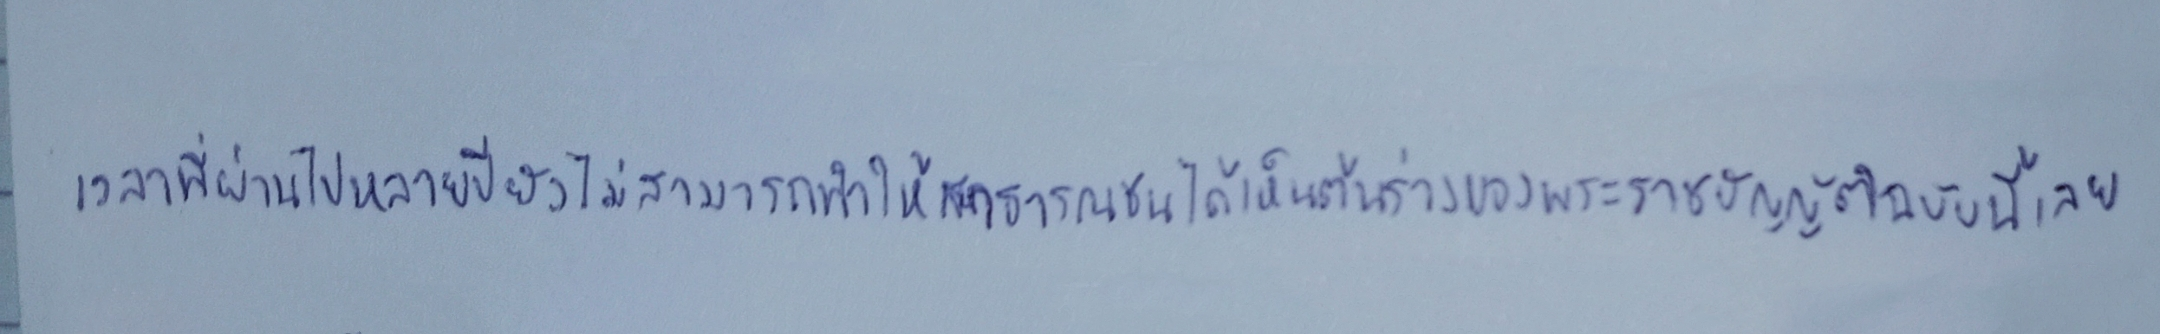
เวลาที่ผ่านไปหลายปียังไม่สามารถทำให้สาธารณชนได้เห็นต้นร่างของพระราชบัญญัติฉบับนี้เลย